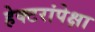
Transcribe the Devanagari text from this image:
हेक्टरांपेक्षा